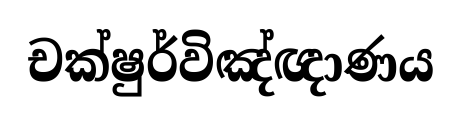
චක්ෂුර්විඤ්ඥාණය